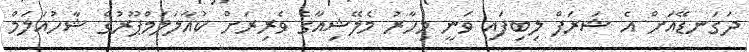
ދަގަނޑޭއަށް އެ ޝަރަފް ލިބިފައި ވަނީ މިހާރު މެލޭޝިއާގެ ވެރިރަށް ކުއާލަލަމްޕޫރުގެ ޝާހުއަލަމް